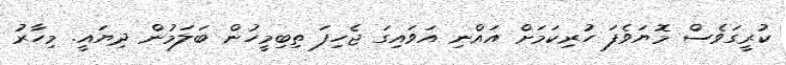
ކުރީގަވެސް މޮޔަވެފަ ހުރިކަމަށް އައްނި އަވައިގަ ޖެހިފަ ތިބިމީހުން ބަލަމުން ދިޔައީ. މިހާރު